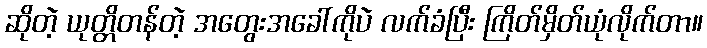
ဆိုတဲ့ ယုတ္တိတန်တဲ့ အတွေးအခေါ်ကိုပဲ လက်ခံပြီး ကြိတ်မှိတ်ယုံလိုက်တာ။